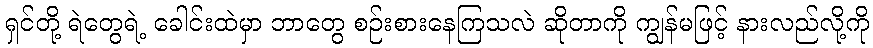
ရှင်တို့ ရဲတွေရဲ့ ခေါင်းထဲမှာ ဘာတွေ စဉ်းစားနေကြသလဲ ဆိုတာကို ကျွန်မဖြင့် နားလည်လို့ကို